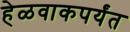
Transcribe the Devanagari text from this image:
हेळवाकपर्यंत